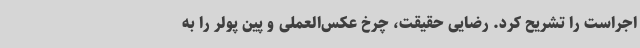
اجراست را تشریح کرد. رضایی حقیقت، چرخ عکس‌العملی و پین پولر را به